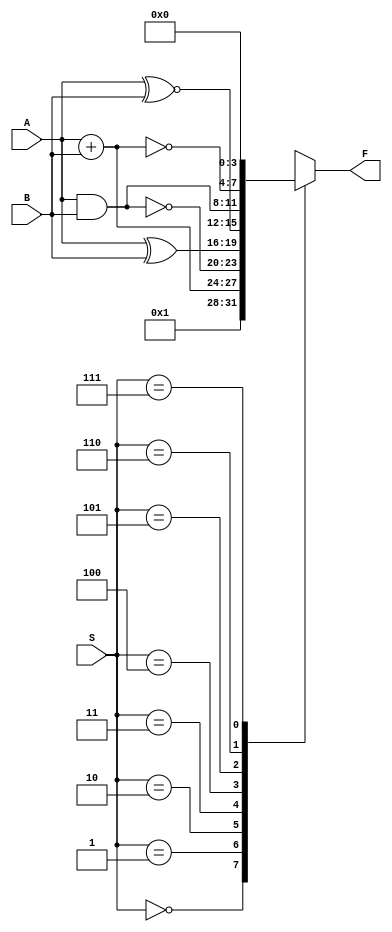

//Name: Nuthi Sriram 
//regno: CSE18083

module aluOperations(S, A, B, F);
input[2:0]S;
input[3:0]A, B;
output reg[3:0] F;

always @(S or A or B)
begin 
  case(S) 
       3'b000:F=1'b1;
       3'b001:F=A+B;
       3'b010:F=~(A & B);
       3'b011:F=A^B;
       3'b100:F=A~^B;
       3'b101:F=A & B;
       3'b110:F=~(A + B);
       3'b111:F=1'b0;
  endcase
end
endmodule